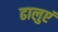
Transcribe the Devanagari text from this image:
ढालुएं